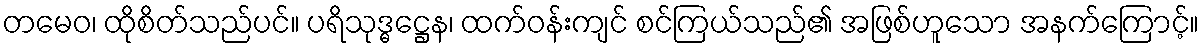
တမေဝ၊ ထိုစိတ်သည်ပင်။ ပရိသုဒ္ဓဋ္ဌေန၊ ထက်ဝန်းကျင် စင်ကြယ်သည်၏ အဖြစ်ဟူသော အနက်ကြောင့်။